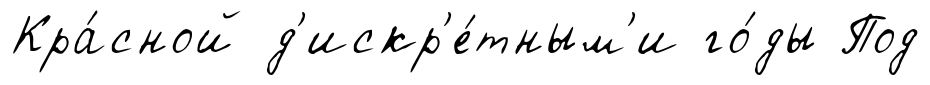
Кра́сной д'искр'е́тным'и го́ды Под